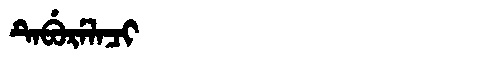
Manchu: ᡨᡝᠪᡠᡵᡝᠯᠠᠴᡳ
Romanization: TEBURELACI